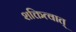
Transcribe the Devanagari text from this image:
शक्तित्वात्